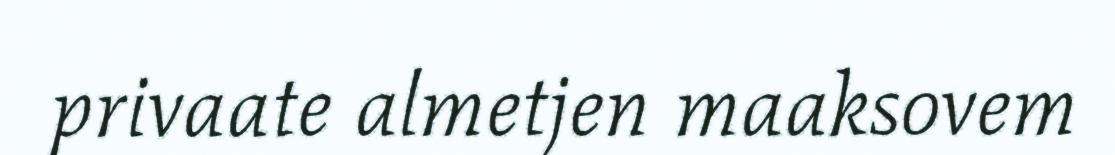
privaate almetjen maaksovem